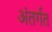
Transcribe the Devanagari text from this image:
अंतर्गत